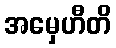
အမှေဟီတိ